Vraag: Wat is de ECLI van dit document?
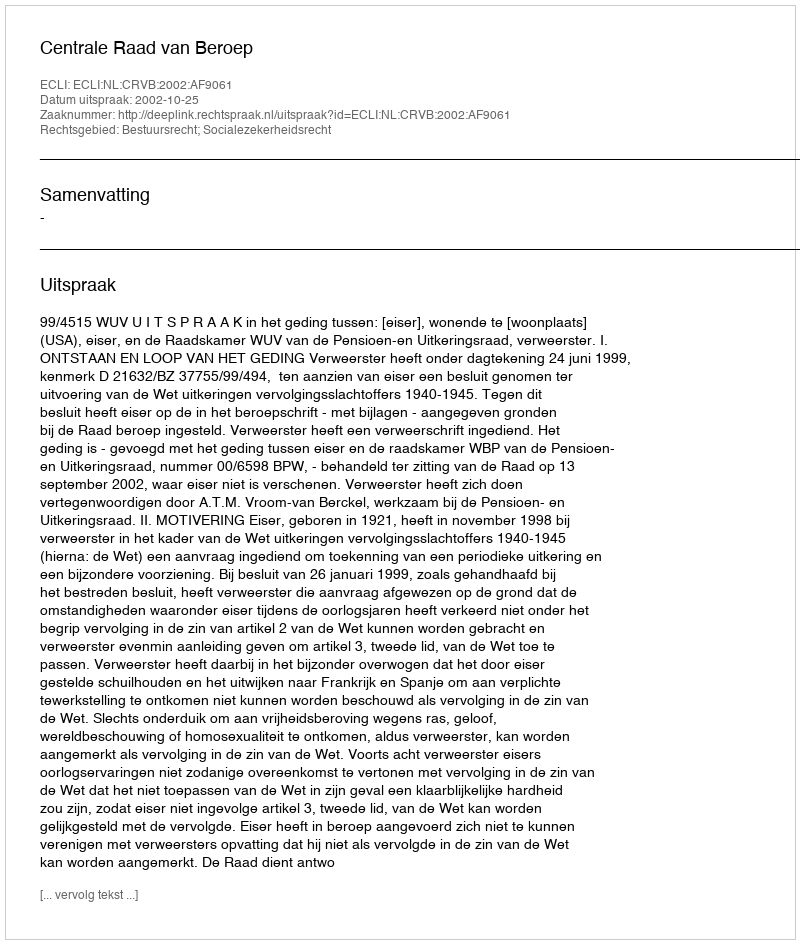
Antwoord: ECLI:NL:CRVB:2002:AF9061